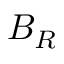
B _ { R }